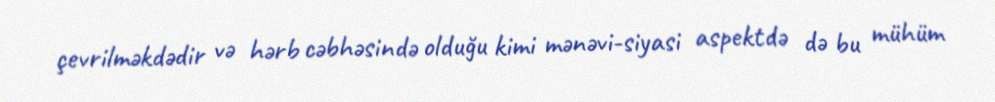
çevrilməkdədir və hərb cəbhəsində olduğu kimi mənəvi-siyasi aspektdə də bu mühüm